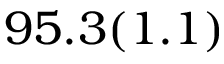
9 5 . 3 ( 1 . 1 ) \